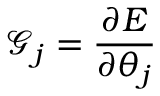
\mathcal { G } _ { j } = \frac { \partial E } { \partial \theta _ { j } }